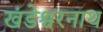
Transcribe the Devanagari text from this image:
खंडेश्वरनाथ